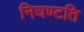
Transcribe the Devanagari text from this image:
निघण्टति